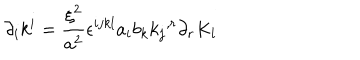
{ \partial } _ { i } k ^ { i } = \frac { { \xi } ^ { 2 } } { a ^ { 2 } } { \epsilon } ^ { i j k l } a _ { i } b _ { k } { k _ { j } } ^ { , r } { \partial } _ { r } K _ { l }